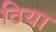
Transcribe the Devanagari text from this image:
ठिया